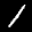
Label: 1